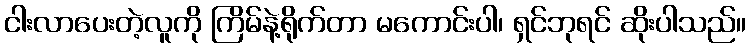
ငါးလာပေးတဲ့လူကို ကြိမ်နဲ့ရိုက်တာ မကောင်းပါ၊ ရှင်ဘုရင် ဆိုးပါသည်။